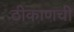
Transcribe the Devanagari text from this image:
ठीकाणची